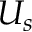
U _ { s }